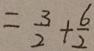
= \frac { 3 } { 2 } + \frac { 6 } { 2 }